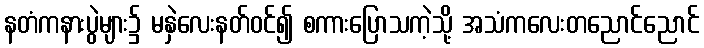
နတံကနားပွဲများ၌ မနှဲလေးနတ်ဝင်၍ စကားပြောသကဲ့သို့ အသံကလေးတညောင်ညောင်